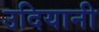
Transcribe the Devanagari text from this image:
उदियानी